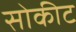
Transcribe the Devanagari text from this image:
सोकीट